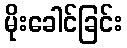
မိုးခေါင်ခြင်း